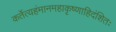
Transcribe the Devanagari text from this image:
कर्तेत्यहंमानमहाकृष्णाहिदंशितः